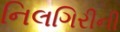
નિલગિરીની